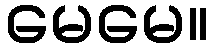
မေမေ။